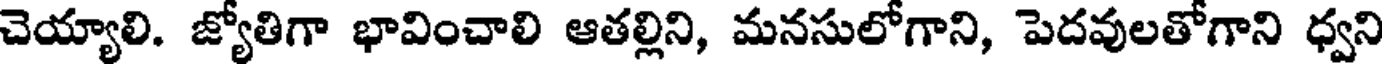
చెయ్యాలి. జ్యోతిగా భావించాలి ఆతల్లిని, మనసులోగాని, పెదవులతోగాని ధ్వని